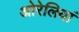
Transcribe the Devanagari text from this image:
ओरेलियां